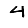
Digit: 4